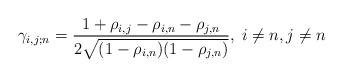
LaTeX: \begin{align*}\gamma_{i,j;n}=\frac{1+\rho_{i,j} -\rho_{i,n}-\rho_{j,n}}{2\sqrt{(1-\rho_{i,n})(1-\rho_{j,n})}}, \; i\neq n, j\neq n\end{align*}